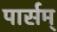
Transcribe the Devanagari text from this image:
पार्सम्